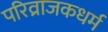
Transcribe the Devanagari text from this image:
परिव्राजकधर्म